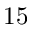
1 5